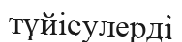
түйісулерді